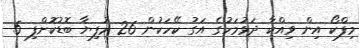
މިފްކޯ އިން ވިއްކާ ދަޅުމަހުގެ އަގު ކޭހަކުން 26 ރުފިޔާ ބޮޑުކޮށްފި 5